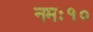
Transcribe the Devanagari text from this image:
नमः१०